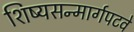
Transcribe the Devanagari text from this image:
शिष्यसन्मार्गपटवे